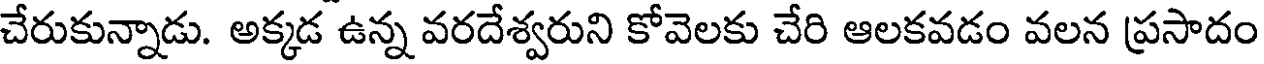
చేరుకున్నాడు. అక్కడ ఉన్న వరదేశ్వరుని కోవెలకు చేరి ఆలకవడం వలన ప్రసాదం